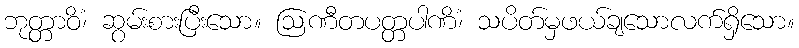
ဘုတ္တာဝိံ၊ ဆွမ်းစားပြီးသော။ ဩဏီတပတ္တပါဏိံ၊ သပိတ်မှဖယ်ချသောလက်ရှိသော။